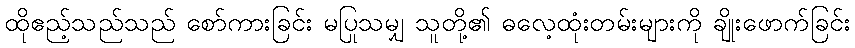
ထိုဧည့်သည်သည် စော်ကားခြင်း မပြုသမျှ သူတို့၏ ဓလေ့ထုံးတမ်းများကို ချိုးဖောက်ခြင်း